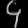
Digit: ၄